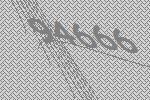
94666